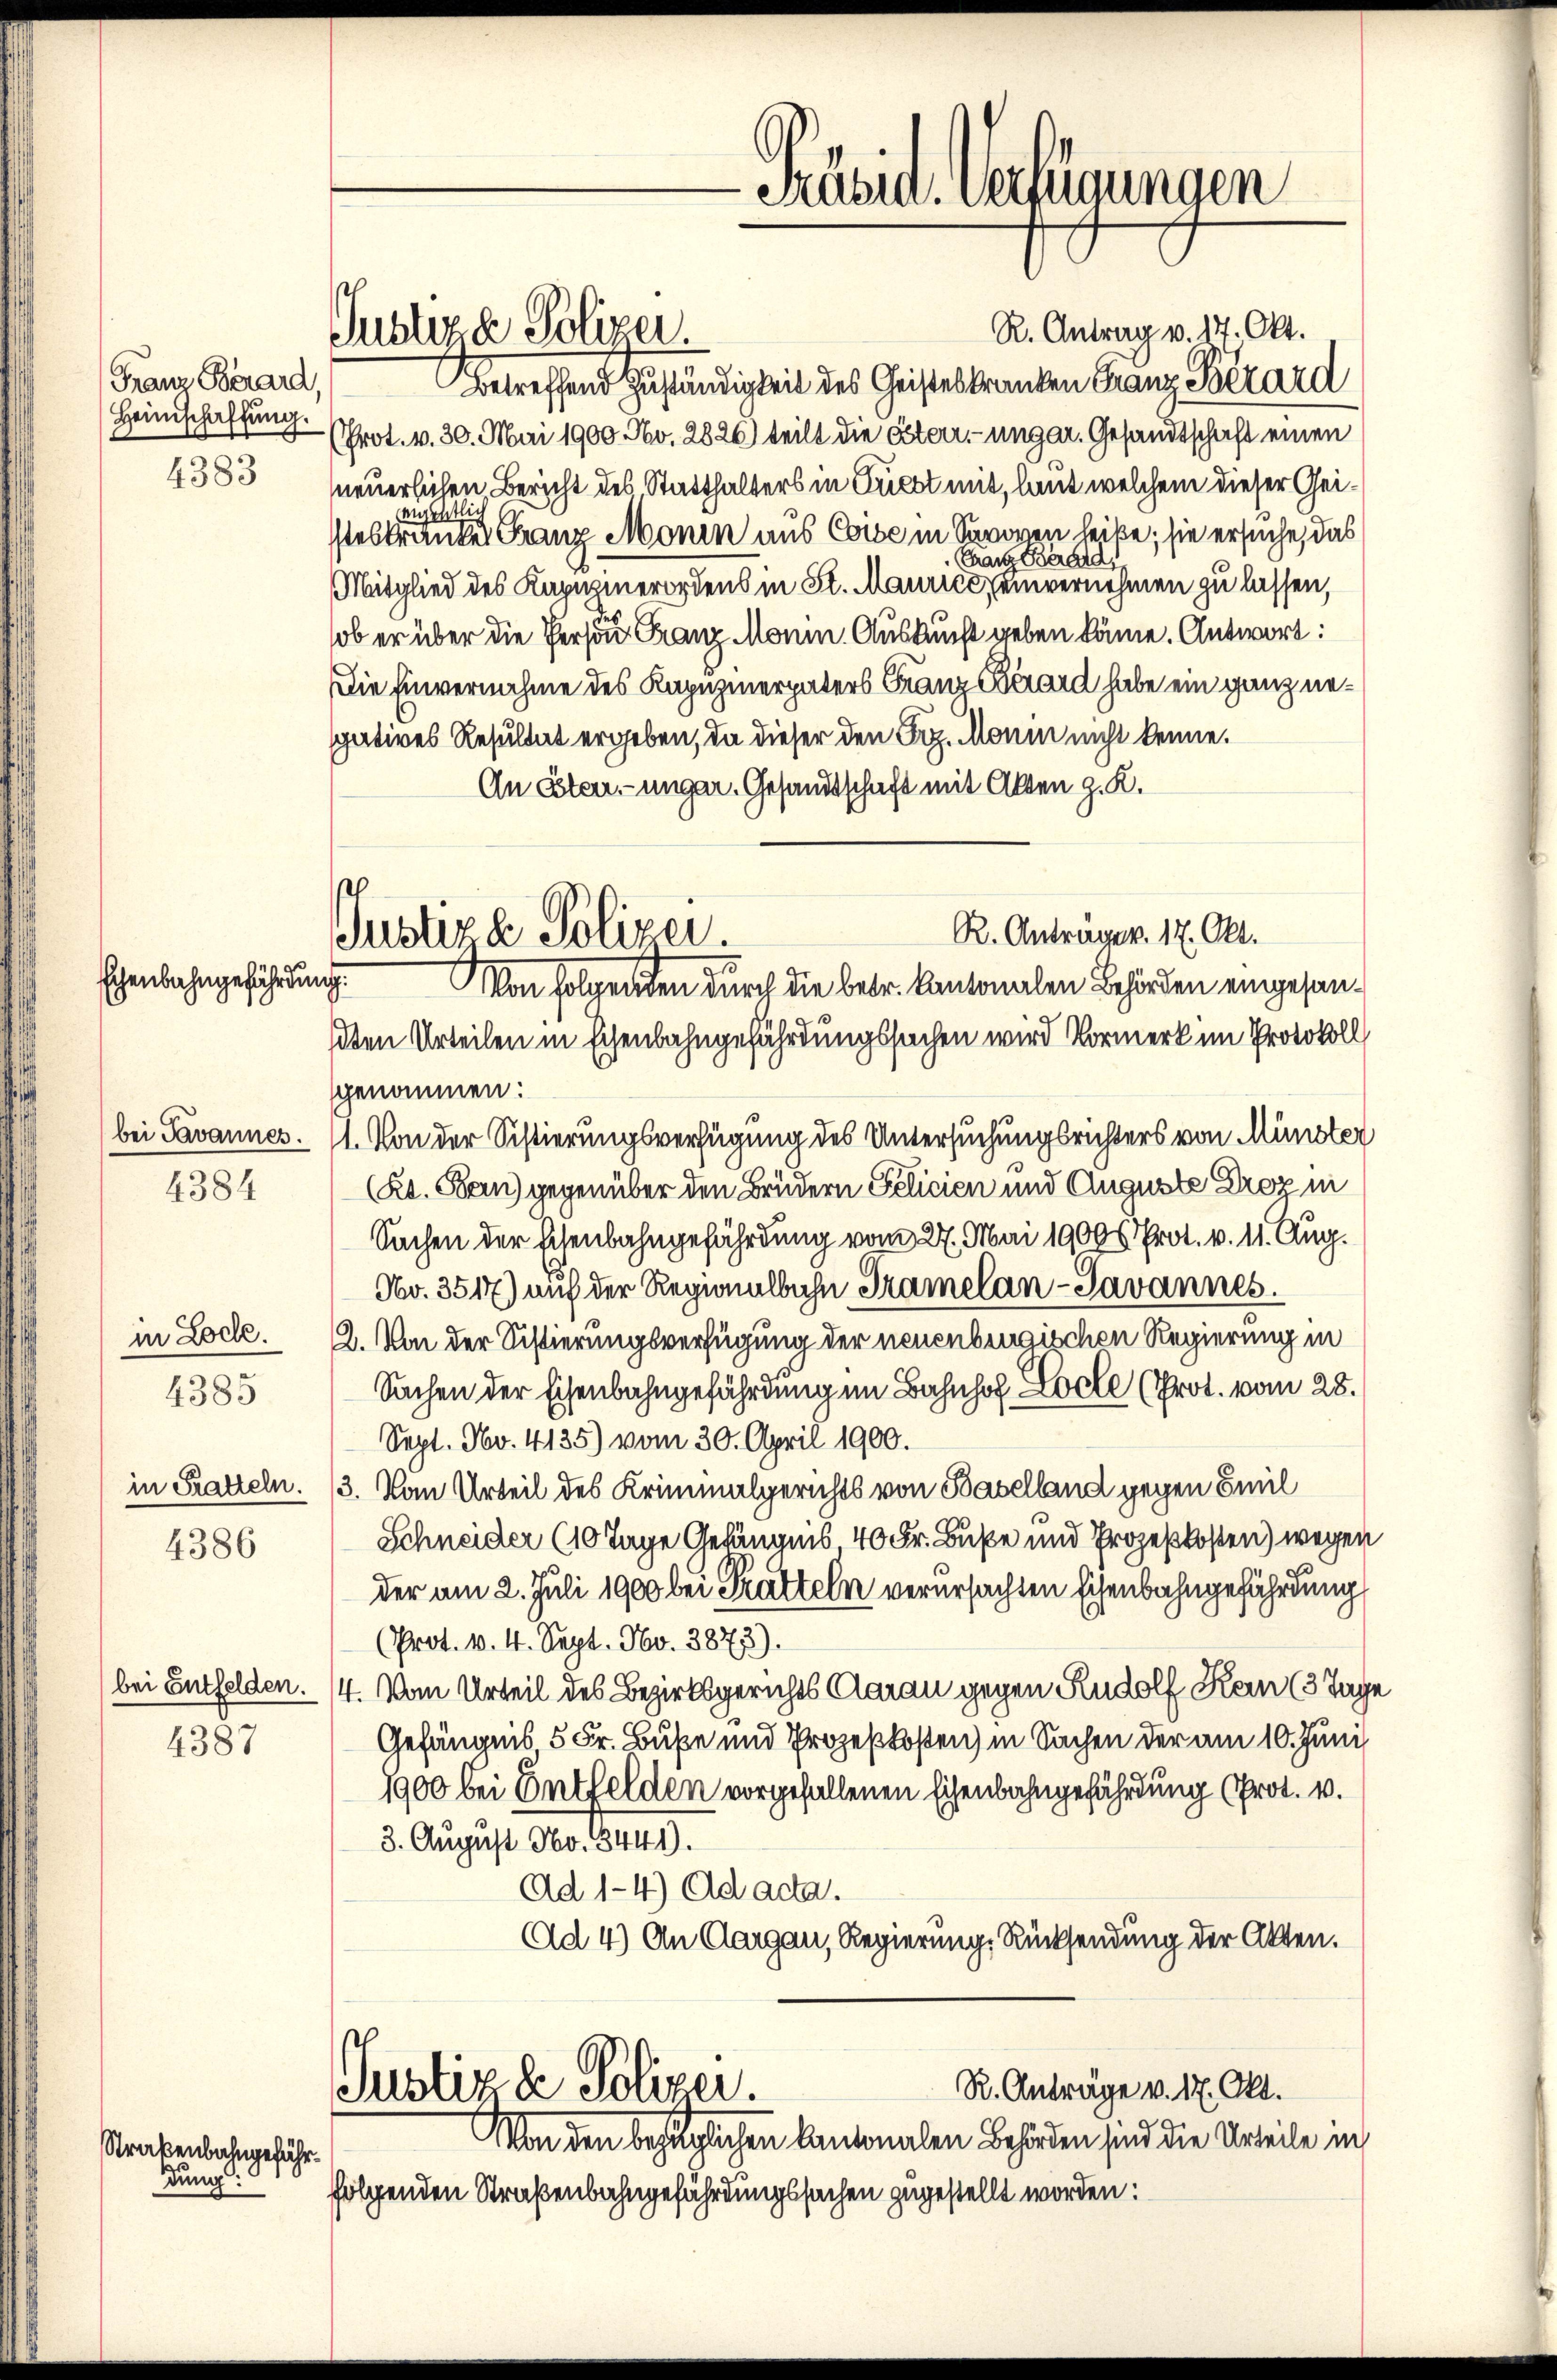
Franz Berard,
Heimschaffung.
4383

bei Javannes.
4384

Echenbahngefährdung.

in Lode.
4385
in Tratteln.
4386

4387

Justiza Polizei.

Justiz & Polizei

Straßenbahngefährdung:

R. Antrag v. 17. Okt.
Betreffend Zuständigkeit des Geisteskranken Franz Pizard
(Prot. v. 30. Mai 1900. No. 2826) teilt die Esterr.-ungar. Gesandtschaft einen
neuerlichen Bericht des Statthalters in Frest mit, laut welchem dieser Geiinsentlic
steskrankes Franz Monin aus Coise in Savoyen leibe; sie ersuche, das
Franz Brand
Mitglied des Kapuzinerordens in St. Maurice einvernehmen zu lassen,
ob er über die Person Franz Monn. Auskunft geben könne. Antwort:
Die Einvernahme des Kapuzinerpaters Franz Bérard habe ein ganz negatives Resultat ergeben, da dieser den Frz. Monin nicht kenne.
An Sten- unger. Gesandtschaft mit Akten z. R.
R. Anträger. 17. Okt.
Von folgenden durch die betr. Kantonalen Behörden eingesandten Urteilen in Eisenbahngefährdungssachen wird Vormerk im Protokoll
genommen:
11. Von der Sistierungsverfügung des Untersuchungsrichters von Münster
(Rt. Bern) gegenüber den Brüdern Felicien und Auguste Droz in
Sachen der Eisenbahngefährdung vom 27. Mai 19005 Prot. v. 11. Aug.
No. 3517) auf der Regionalbahn Tramelan-Javannes.
2. Von der Sistierungsverfügung der neuenbrügischen Regierung in
Sachen der Eisenbahngefährdung im Bahnhof Locle (Prot. vom 28.
Sept. No. 4135) vom 30. April 1900.
3. Vom Urteil des Kriminalgerichts von Baselland gegen Emil
Schneider (10 Tage Gefängnis 40 Fr. Buße und Prozeßkosten) wegen
der am 2. Juli 1900 bei Kratteln verursachten Eisenbahngefährdung
(Prot. v. 4. Sept. No. 3873).
bei Entfelden. (4. Vom Urteil des Bezirksgerichts Aarau gegen Rudolf Kein (3 Tage
Gefängnis, 5 Fr. Buße und Prozeßkosten) in Sachen der am 10. Juni
1900 bei Entfelden vorgefallenen Eisenbahngefährdung (Prot. v.
8. August Peo. 449.
Ad 1-4) Ad acta.
Ad 4) An Aargau, Regierung Rücksendung der Akten.
R. Anträge v. 17. Okt.
Justiz & Polizei.
Von den bezüglichen Kantonalen Behörden sind die Urteile in
folgenden Straßenbahngefährdungssachen zugestellt worden:

Prüsia. Verfügungen